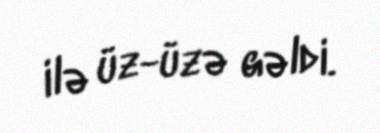
ilə üz-üzə gəldi.